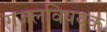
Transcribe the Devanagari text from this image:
गजलविषयक